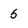
Character: 5